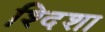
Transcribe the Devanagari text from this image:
श्दिशा